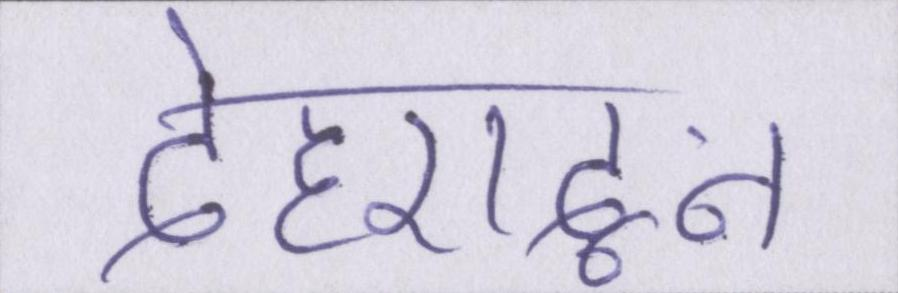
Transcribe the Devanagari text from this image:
देहरादून